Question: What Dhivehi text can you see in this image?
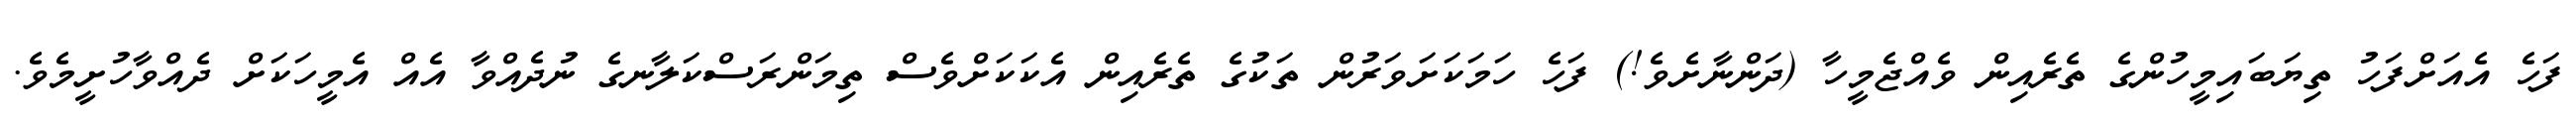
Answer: ފަހެ އެއަށްފަހު ތިޔަބައިމީހުންގެ ތެރެއިން ވެއްޖެމީހާ (ދަންނާށެވެ!) ފަހެ ހަމަކަށަވަރުން ތަކުގެ ތެރެއިން އެކަކަށްވެސް ތިމަންރަސްކަލާނގެ ނުދެއްވާ އެއް އެމީހަކަށް ދެއްވާހުށީމެވެ.